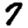
Digit: 7